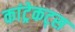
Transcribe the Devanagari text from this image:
कांट्रेकट्स